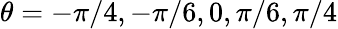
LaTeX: \theta=-\pi/4,-\pi/6,0,\pi/6,\pi/4